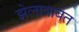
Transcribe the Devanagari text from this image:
झेलाबाबत